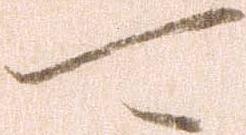
可